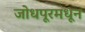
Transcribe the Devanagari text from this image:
जोधपूरमधून